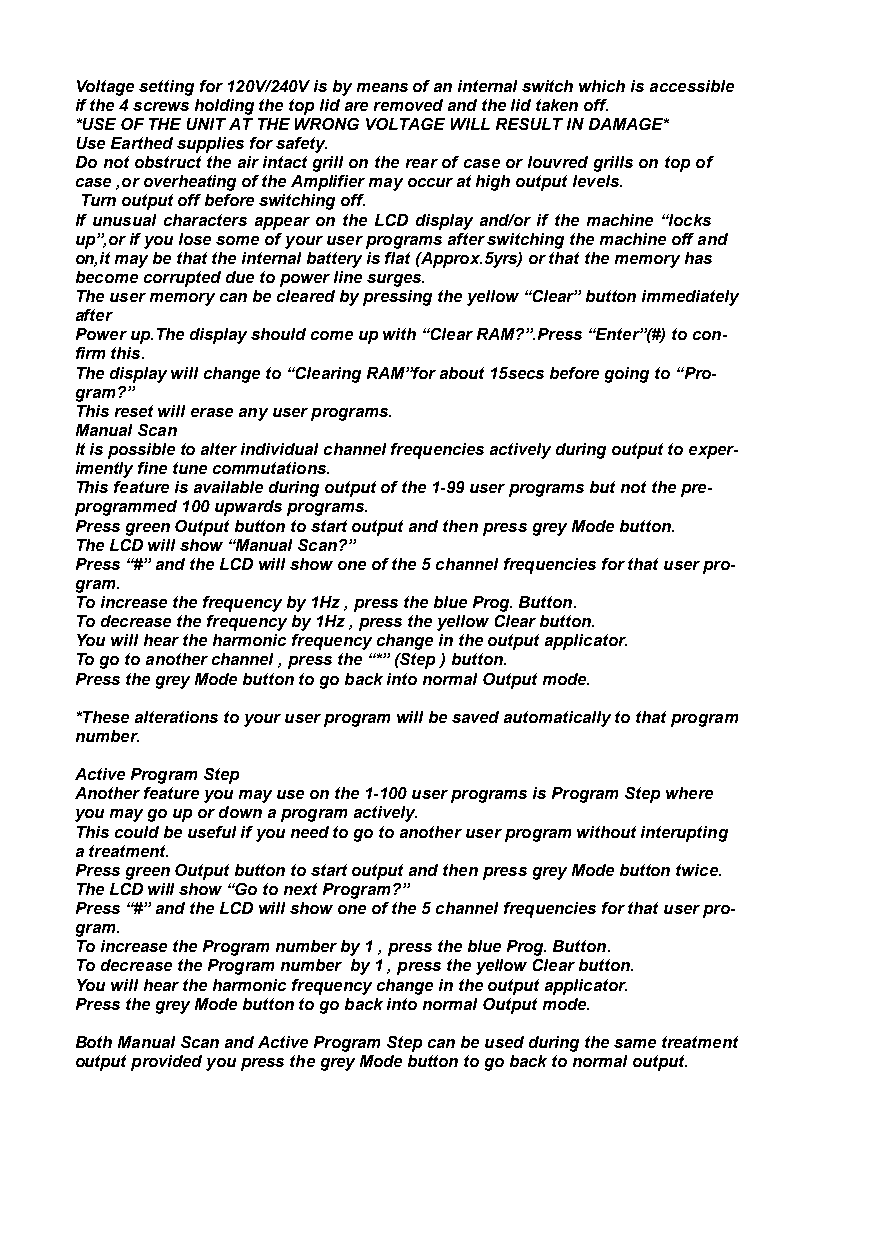
Voltage setting for 120V/240V is by means of an internal switch which is accessible
 if the 4 screws holding the top lid are removed and the lid taken off.
 *USE OF THE UNIT AT THE WRONG VOLTAGE WILL RESULT IN DAMAGE*
 Use Earthed supplies for safety.
 Do not obstruct the air intact grill on the rear of case or louvred grills on top of
 case ,or overheating of the Amplifier may occur at high output levels.
 Turn output off before switching off.
 If unusual characters appear on the LCD display and/or if the machine “locks
 up”,or if you lose some of your user programs after switching the machine off and
 on,it may be that the internal battery is flat (Approx.5yrs) or that the memory has
 become corrupted due to power line surges.
 The user memory can be cleared by pressing the yellow “Clear” button immediately
 after
 Power up.The display should come up with “Clear RAM?”.Press “Enter”(#) to con-
 firm this.
 The display will change to “Clearing RAM”for about 15secs before going to “Pro-
 gram?”
 This reset will erase any user programs.
 Manual Scan
 It is possible to alter individual channel frequencies actively during output to exper-
 imently fine tune commutations.
 This feature is available during output of the 1-99 user programs but not the pre-
 programmed 100 upwards programs.
 Press green Output button to start output and then press grey Mode button.
 The LCD will show “Manual Scan?”
 Press “#” and the LCD will show one of the 5 channel frequencies for that user pro-
 gram.
 To increase the frequency by 1Hz , press the blue Prog. Button.
 To decrease the frequency by 1Hz , press the yellow Clear button.
 You will hear the harmonic frequency change in the output applicator.
 To go to another channel , press the “*” (Step ) button.
 Press the grey Mode button to go back into normal Output mode.
 *These alterations to your user program will be saved automatically to that program
 number.
 Active Program Step
 Another feature you may use on the 1-100 user programs is Program Step where
 you may go up or down a program actively.
 This could be useful if you need to go to another user program without interupting
 a treatment.
 Press green Output button to start output and then press grey Mode button twice.
 The LCD will show “Go to next Program?”
 Press “#” and the LCD will show one of the 5 channel frequencies for that user pro-
 gram.
 To increase the Program number by 1 , press the blue Prog. Button.
 To decrease the Program number by 1 , press the yellow Clear button.
 You will hear the harmonic frequency change in the output applicator.
 Press the grey Mode button to go back into normal Output mode.
 Both Manual Scan and Active Program Step can be used during the same treatment
 output provided you press the grey Mode button to go back to normal output.